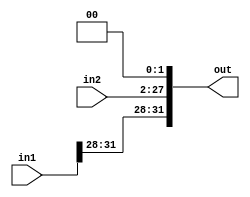

module merge26lo(in1, in2, out);
input [31:0] in1;
input [25:0] in2;
output [31:0] out;

assign out[31:0]={in1[31:28],in2[25:0],2'b0};
endmodule